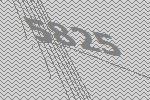
5825